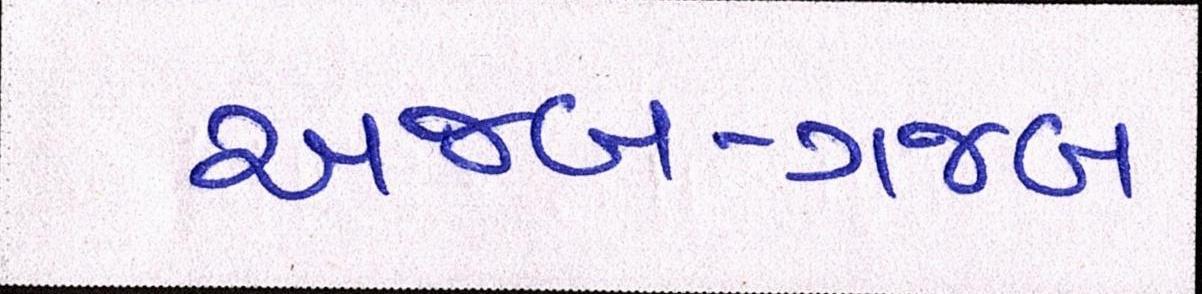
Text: અજબ-ગજબ